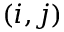
( i , j )